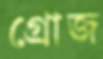
গ্রোজ